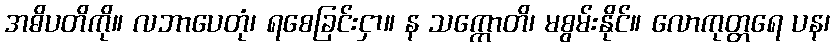
အဓိပတိကို။ လဘာပေတုံ၊ ရစေခြင်းငှာ။ န သက္ကောတိ၊ မစွမ်းနိုင်။ လောကုတ္တရေ ပန၊